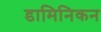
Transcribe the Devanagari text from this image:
डामिनिकन